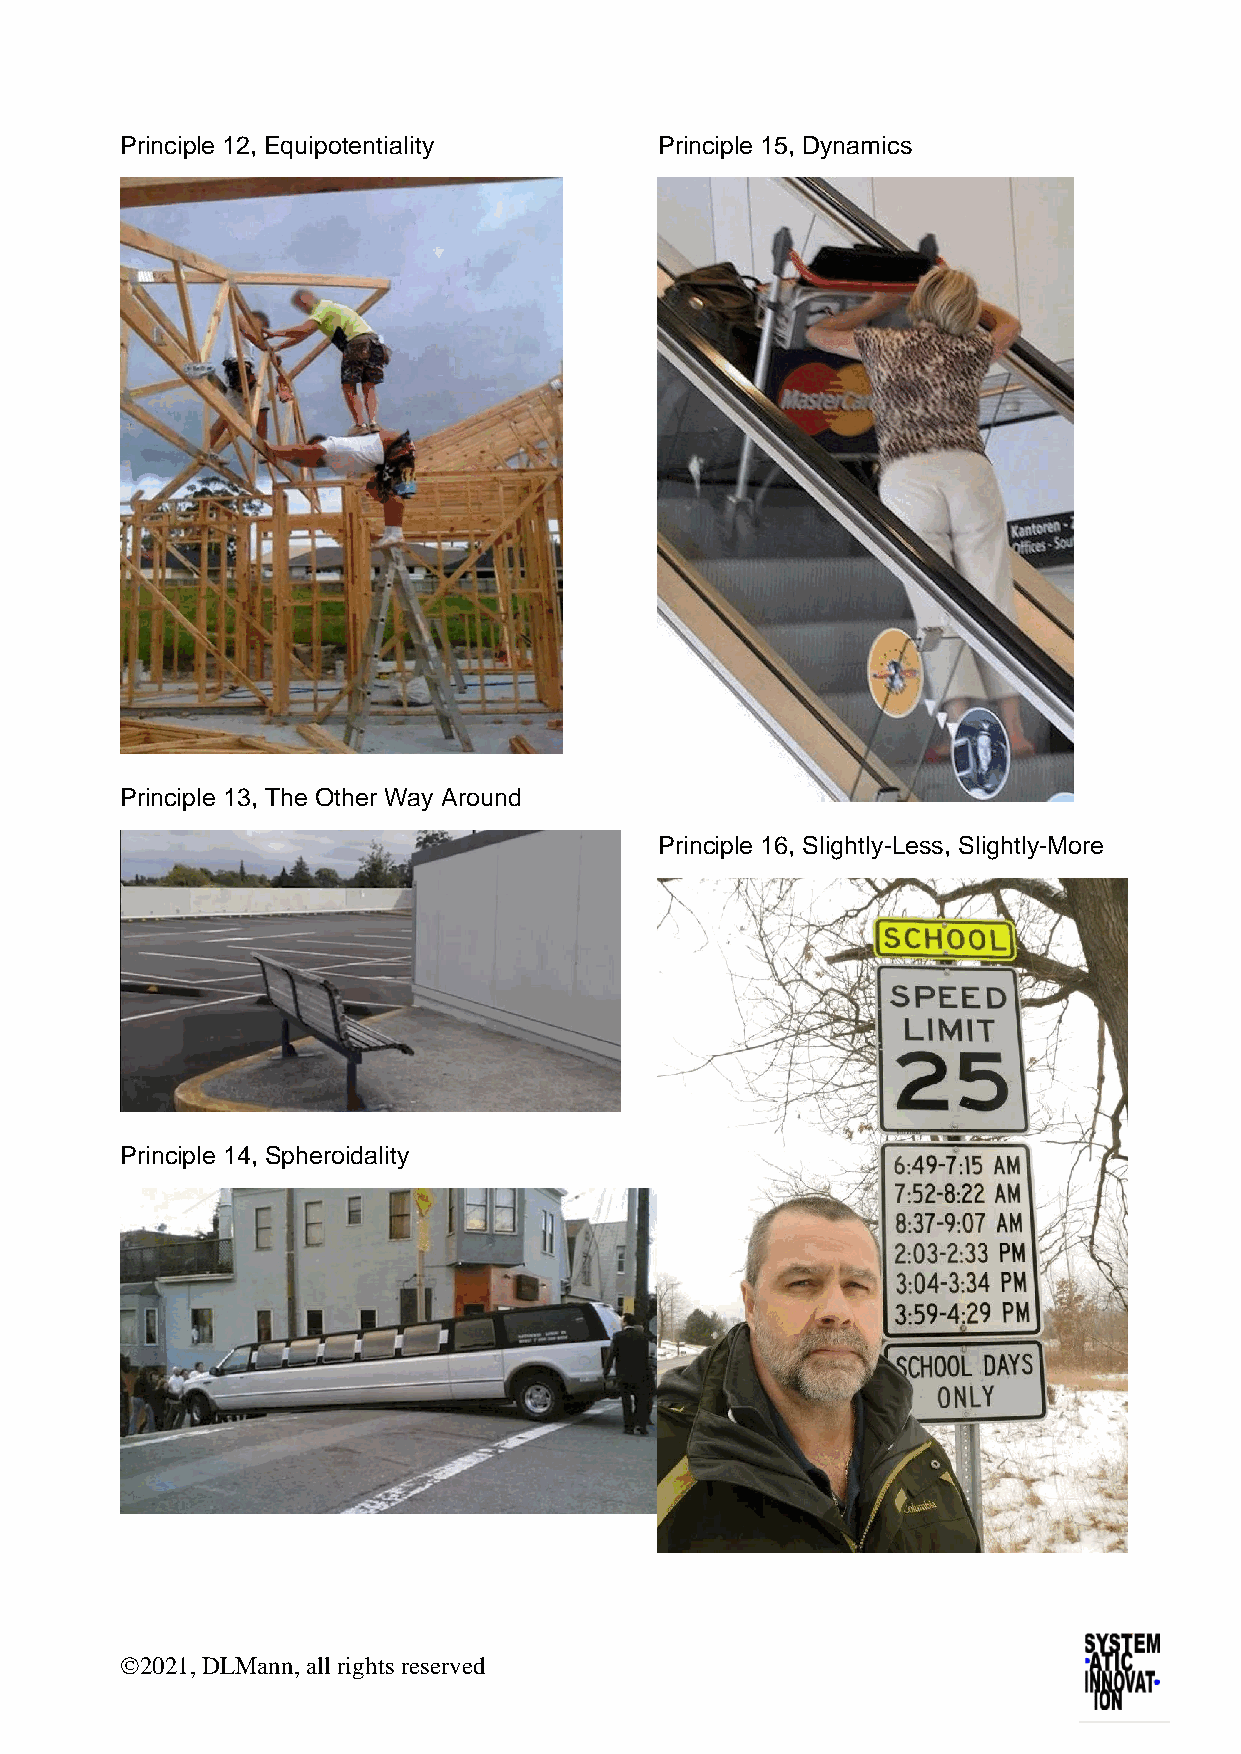
Principle 12, Equipotentiality      Principle 15, Dynamics
 Principle 13, The Other Way Around
 Principle 16, Slightly-Less, Slightly-More
 Principle 14, Spheroidality
 ©2021, DLMann, all rights reserved